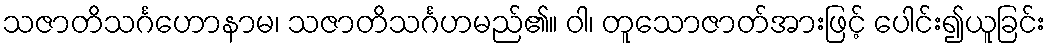
သဇာတိသင်္ဂဟောနာမ၊ သဇာတိသင်္ဂဟမည်၏။ ဝါ၊ တူသောဇာတ်အားဖြင့် ပေါင်း၍ယူခြင်း